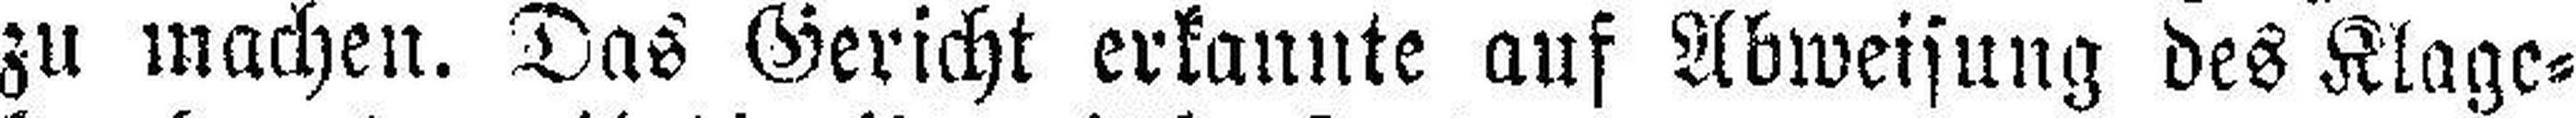
zu machen. Das Gericht erkannte auf Abweisung des Klage¬